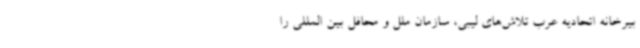
بیرخانه اتحادیه عرب تلاش‌های لیبی، سازمان ملل و محافل بین المللی را